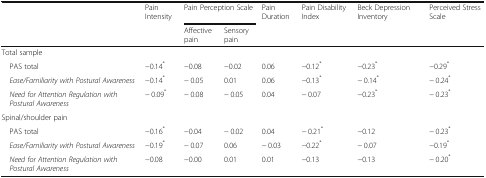
<table><thead><tr><td></td><td><b>Pain Intensity</b></td><td colspan="2"><b>Pain Perception Scale</b></td><td><b>Pain Duration</b></td><td><b>Pain Disability Index</b></td><td><b>Beck Depression Inventory</b></td><td><b>Perceived Stress Scale</b></td></tr><tr><td></td><td></td><td><b>Affective pain</b></td><td><b>Sensory pain</b></td><td></td><td></td><td></td><td></td></tr></thead><tbody><tr><td colspan="8">Total sample</td></tr><tr><td> PAS total</td><td>−0.14<sup>*</sup></td><td>−0.08</td><td>−0.02</td><td>0.06</td><td>−0.12<sup>*</sup></td><td>−0.23<sup>*</sup></td><td>−0.29<sup>*</sup></td></tr><tr><td> <i>Ease/Familiarity with Postural Awareness</i></td><td>−0.14<sup>*</sup></td><td>− 0.05</td><td>0.01</td><td>0.06</td><td>−0.13<sup>*</sup></td><td>− 0.14<sup>*</sup></td><td>− 0.24<sup>*</sup></td></tr><tr><td> <i>Need for Attention Regulation with Postural Awareness</i></td><td>− 0.09<sup>*</sup></td><td>− 0.08</td><td>− 0.05</td><td>0.04</td><td>− 0.07</td><td>−0.23<sup>*</sup></td><td>− 0.23<sup>*</sup></td></tr><tr><td colspan="8">Spinal/shoulder pain</td></tr><tr><td> PAS total</td><td>−0.16<sup>*</sup></td><td>−0.04</td><td>− 0.02</td><td>0.04</td><td>− 0.21<sup>*</sup></td><td>−0.12</td><td>− 0.23<sup>*</sup></td></tr><tr><td> <i>Ease/Familiarity with Postural Awareness</i></td><td>−0.19<sup>*</sup></td><td>− 0.07</td><td>0.06</td><td>− 0.03</td><td>−0.22<sup>*</sup></td><td>− 0.07</td><td>−0.19<sup>*</sup></td></tr><tr><td> <i>Need for Attention Regulation with Postural Awareness</i></td><td>−0.08</td><td>−0.00</td><td>0.01</td><td>0.01</td><td>−0.13</td><td>−0.13</td><td>− 0.20<sup>*</sup></td></tr></tbody></table>